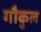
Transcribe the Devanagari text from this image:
गौकुल